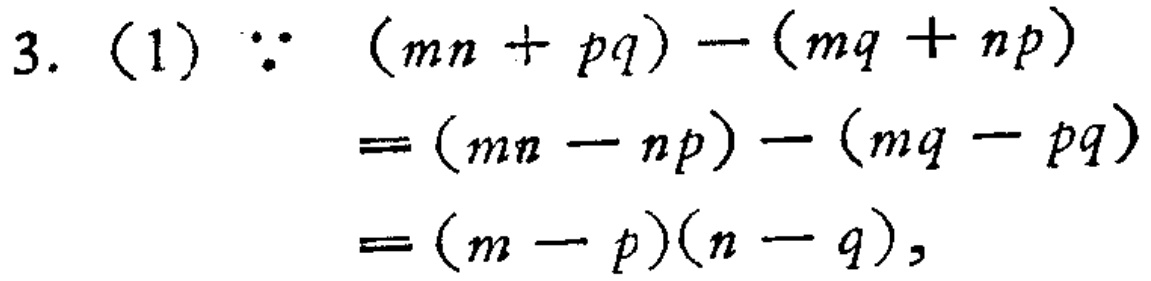
3. (1) \(\because (mn + pq) - (mq + np)\)

\(=(mn - np) - (mq - pq)\)

\(=(m - p)(n - q)\)，